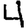
Digit: 4